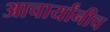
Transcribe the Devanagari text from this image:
आचार्यांनीच